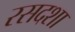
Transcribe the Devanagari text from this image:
रसदशा